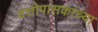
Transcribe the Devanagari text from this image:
दत्तोपासकांच्या